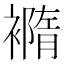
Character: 𧝍